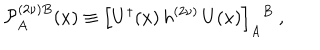
LaTeX: { \cal P } _ { A } ^ { ( 2 \nu ) B } ( x ) \equiv \left[ U ^ { \dagger } ( x ) \, h ^ { ( 2 \nu ) } \, U ( x ) \right] _ { A } { } ^ { B } ~ ,